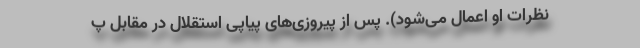
نظرات او اعمال می‌شود). پس از پیروزی‌های پیاپی استقلال در مقابل پ